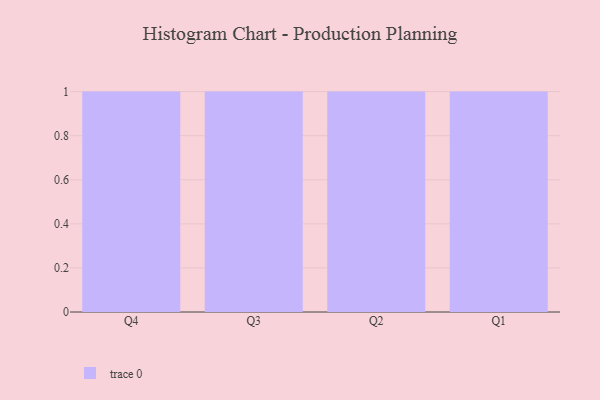
{"axis": {"x": "Quarter", "y": "Headcount"}, "legend": [""], "data": [{"x": "Q4", "y": 48, "type": ""}, {"x": "Q3", "y": 61, "type": ""}, {"x": "Q2", "y": 57, "type": ""}, {"x": "Q1", "y": 2, "type": ""}]}